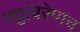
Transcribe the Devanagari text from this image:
पट्टांबरेणच